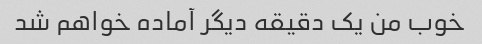
خوب من یک دقیقه دیگر آماده خواهم شد